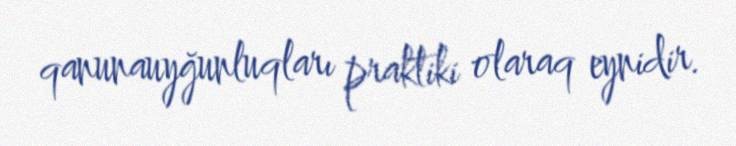
qanunauyğunluqları praktiki olaraq eynidir.